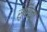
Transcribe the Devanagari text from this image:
सुसिला